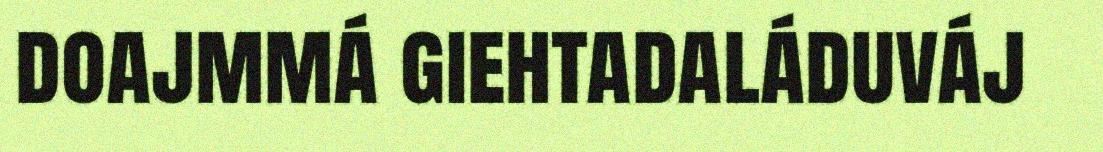
doajmmá giehtadaláduváj